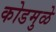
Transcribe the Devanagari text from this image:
कोडमुळे